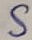
Text: S